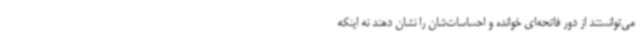
می‌توانستند از دور فاتحه‌ای خوانده و احساسات‌شان را نشان دهند نه اینکه